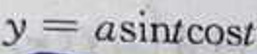
\[y = a\sin t\cos t\]